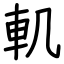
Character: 䡄